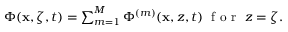
\begin{array} { r } { \Phi ( \mathbf { x } , \zeta , t ) = \sum _ { m = 1 } ^ { M } \Phi ^ { ( m ) } ( \mathbf { x } , z , t ) ~ \mathrm { ~ f ~ o ~ r ~ } ~ { z = \zeta } . } \end{array}